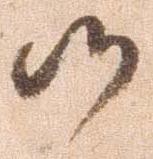
候